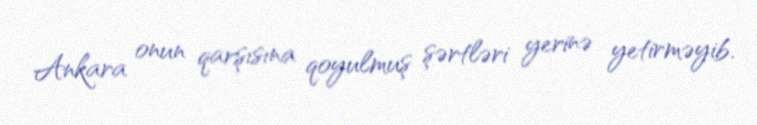
Ankara onun qarşısına qoyulmuş şərtləri yerinə yetirməyib.